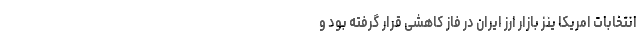
انتخابات امریکا ینز بازار ارز ایران در فاز کاهشی قرار گرفته بود و